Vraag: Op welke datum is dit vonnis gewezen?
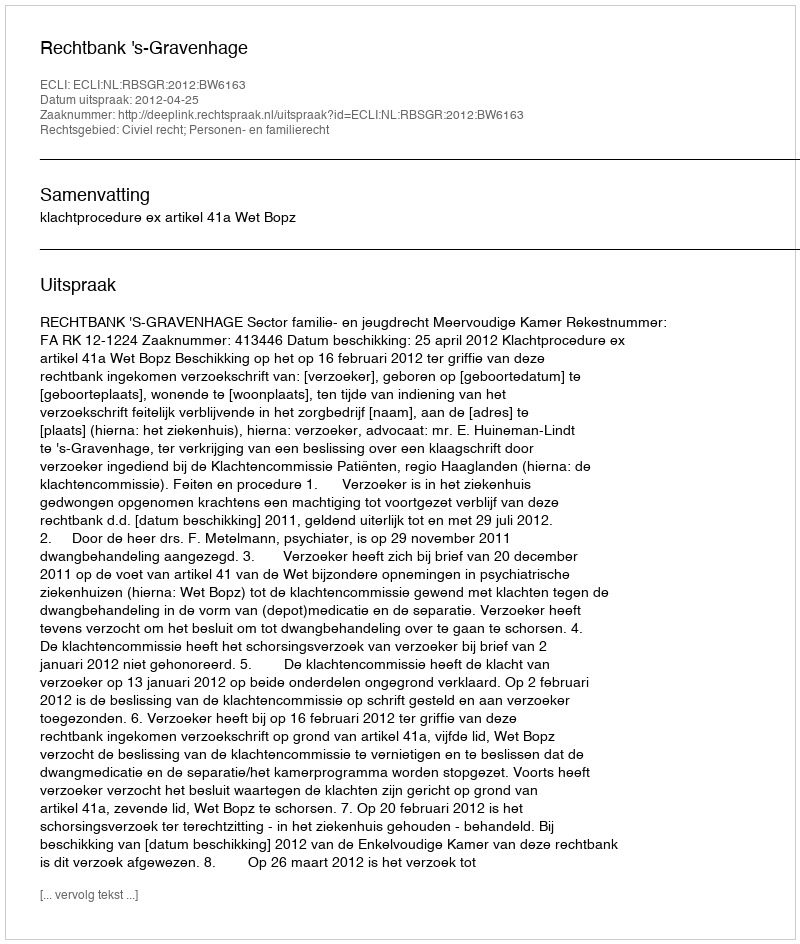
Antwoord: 2012-04-25